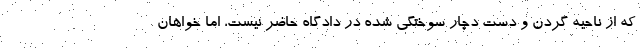
که از ناحیه گردن و دست دچار سوختگی شده در دادگاه حاضر نیست، اما خواهان